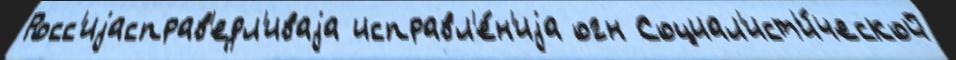
Росс'иjасправ'едл'иваjа исправл'е́н'иjа огн Социал'ист'и́ческой